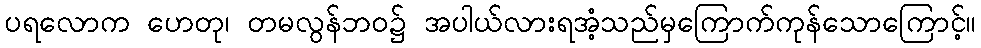
ပရလောက ဟေတု၊ တမလွန်ဘဝ၌ အပါယ်လားရအံ့သည်မှကြောက်ကုန်သောကြောင့်။